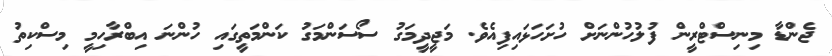
ޖެންޑާ މިނިސްޓްރީން ފުލުހުންނަށް ހުށަހަޅައިފިއެވެ. މަޖީދީމަގު ސޯސަންމަގު ކަންމަތީގައި ހުންނަ އިބްރާހިމީ މިސްކިތު